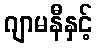
ဂျာမနီနှင့်